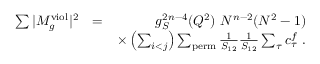
\begin{array} { r l r } { \sum \vert M _ { g } ^ { \mathrm { v i o l } } \vert ^ { 2 } } & { = } & { g _ { S } ^ { 2 n - 4 } ( Q ^ { 2 } ) ~ N ^ { n - 2 } ( N ^ { 2 } - 1 ) } \\ & { } & { \times \left( \sum _ { i < j } \right) \sum _ { \mathrm { p e r m } } \frac { 1 } { S _ { 1 2 } } \frac { 1 } { S _ { 1 2 } } \sum _ { \tau } c _ { \tau } ^ { f } ~ . } \end{array}